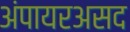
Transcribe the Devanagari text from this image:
अंपायरअसद